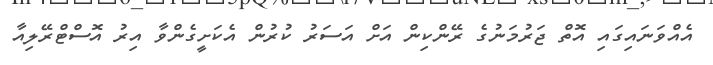
އެއްވަނައިގައި އޮތް ޖަރުމަނުގެ ރޭންކިން އަށް އަސަރު ކުރުން އެކަށީގެންވާ އިރު އޮސްޓްރޭލިއާ